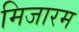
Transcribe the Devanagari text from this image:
मिजारम